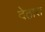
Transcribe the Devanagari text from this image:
देठास